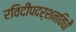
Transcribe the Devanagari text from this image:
रविदीपदर्शनविधौ